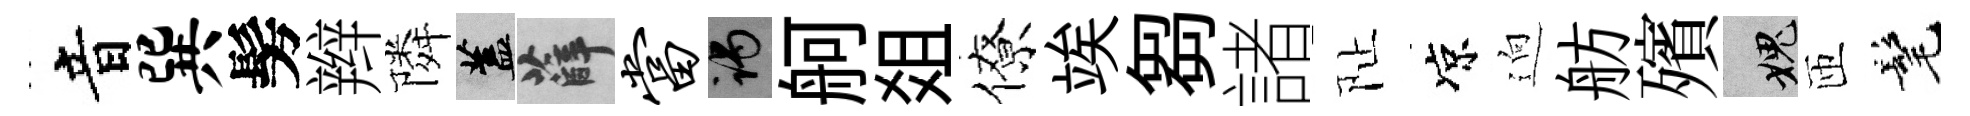
音巽髣辫隣蓋薛当谒舸爼僚竢芻諸阯凉逈舫殯愧匝髦